Vaccination in Bombay 1874-1876 - 1874-1876
Year: 1874
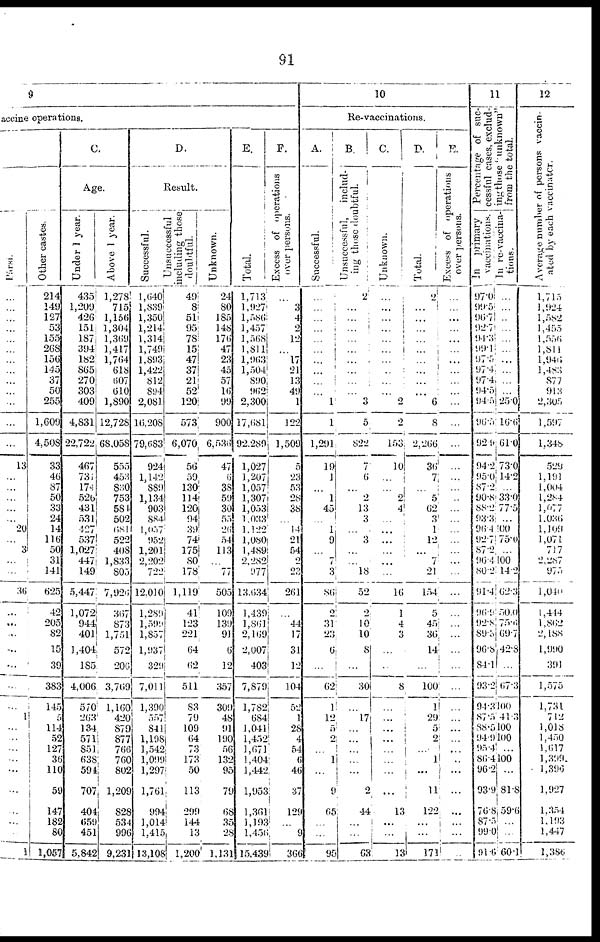
91
9
accine operations.
Parsi.
...
...
...
...
...
...
...
...
...
...
...
...
...
13
...
...
...
...
...
20
...
3
...
...
36
...
...
...
...
...
...
...
1
...
...
...
...
...
...
... ...
...
1
Other castes.
214
149
127
53
155
268
156
145
37
50
255
1,609
4,508
33
46
87
50
33
24
14
116
50
31
141
625
42
205
82
15
39
383
145
5
114
52
127
36
110
59
147
182
80
1,057
C.
Age.
Under 1 year.
435
1,209
426
151
187
394
182
865
270
303
409
4,831
22,722
467
731
174
526
431
531
427
537
1,027
447
149
5,447
1,072
944
401
1,404
185
4,006
570
263
134
571
851
638
594
707
404
655
451
5,842
Above 1 year.
1,278
715
1,156
1,304
1,369
1,417
1,764
618
607
610
1,890
12,728
68,058
555
453
830
753
584
502
681
522
408
1,833
805
7,926
367
873
1,751
572
206
3,769
1,160
420
879
877
766
760
802
1,209
828
534
996
9,231
D.
Result.
Successful.
1,640
1,839
1,350
1,214
1,314
1,749
1,893
1,422
812
894
2,081
16,208
79,683
924
1,142
889
1,134
903
884
1,057
952
1,201
2,202
722
12,010
1,289
1,599
1,857
1,937
329
7,011
1,390
557
841
1,198
1,542
1,099
1,297
1,761
994
1,014
l,415
13,108
Unsuccessful
including those
doubtful.
49
8
51
95
78
15
47
37
21
52
120
573
6,070
56
59
130
114
120
94
39
74
175
80
178
1,119
41
123
221
64
62
511
83
79
109
64
73
173
50
113
299
144
13
1,200
Unknown.
24
80
185
148
176
47
23
45
57
16
99
900
6,536
47
6
38
59
30
55
26
54
113
...
77
505
109
139
91
6
12
357
309
48
91
190
56
132
95
79
68
35
28
1,131
E.
Total.
1,713
1,927
1,586
1,457
1,568
1,811
1,963
1,504
890
962
2,300
17,681
92,289
1,027
1,207
1,057
1,307
1,053
1,033
1,122
1,080
1,489
2,282
977
13,634
1,439
1,861
2,169
2,007
403
7,879
1,782
684
1,041
1,452
1,671
1,404
1,442
1,953
1,361
1,193
1,456
15,439
F.
Excess of operations
over persons.
...
3
4
2
12 ...
17
21
13
49
1
122
1,509
5
23
53
28
38
...
14
21
54
2
23
261
...
44
17
31
12
104
52
1
28
4
54
6
46
37
129
...
9
366
10
Re-vaccinations.
A.
Successful.
...
...
...
...
...
...
...
...
...
...
1
1
1,291
19
1
...
1
45
...
1
9
...
7
3
86
2
31
23
6
...
62
1
l2
5
2
...
1
...
9
65
...
...
95
B.
Unsuccessful,
includ-
ing those doubtful.
2
...
...
...
...
...
...
...
...
...
3
5
822
7
6
...
2
13
3
...
3
...
...
18
52
2
10
10
8
...
30
...
17
...
...
...
...
...
2
44
...
...
63
C.
Unknown.
...
...
...
...
...
...
...
...
...
...
2
2
153
10
...
...
2
4
...
...
...
...
...
...
16
1
4
3
l
...
8
...
...
...
...
...
...
... ...
13
...
...
13
D.
Total.
2
...
...
...
...
...
...
...
...
...
6
8
2,266
36
7
...
5
62
3 1
12
...
7
21
154
5
45
36
14
...
100
1
29
5
2
...
1
...
11
122
...
...
171
E.
Excess of operations
over persons.
...
...
...
...
...
...
...
...
...
...
...
...
...
...
...
...
...
...
...
...
...
...
...
...
...
...
...
...
...
...
...
...
...
...
...
...
..
... ...
...
...
...
..
11
Percentage of suc-
cessful cases, exclud-
ing those 'unknown"
from the total.
in
primary
vaccinations.
97.0
99.5
96.7
92.7
94.3
99. 1
97.5
97.4
97.4
94.5
94.5
96.5
92.9
94.2
95.0
87.2
90.8
88.2
93.3
96.4
92.7
87.2
96.4
80.2
91.4
96.9
92.8
89.5
96.8
84.1
93.2
94.3
87.5
88.5
94.9
95.4
86.4
96.2
93.9
76.8
87.5
99.0
91.6
In re-vaccina-
tions.
...
...
...
...
...
...
...
...
...
...
25.0
16.6
61.0
73.0
14.2
...
33.0
77.5
...
100
75.0
...
100
14.2
62.3
50.0
75.6
69.7
42.8
...
67.3
100
41.3
100
100
...
100
...
81.8
59.6
...
...
60.1
12
Average number of persons vaccin-
ated by each vaccinator.
1,715
1,924
1,582
1,455
1,556
1,811
1,946
1,483
877
913
2,305
1,597
1,348
529
1,191
1,004
1,284
1,077
1,036
1,109
1,071
717
2,287
975
1,040
1,444
1,862
2, 188
1,990
391
1,575
1,731
712
1,018
1,450
1,617
1,399
1,396
1,927
1,354
1,193
1,447
1,386